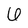
Character: 6